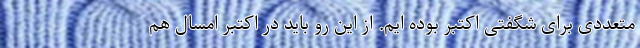
متعددی برای شگفتی اکتبر بوده ایم. از این رو باید در اکتبر امسال هم